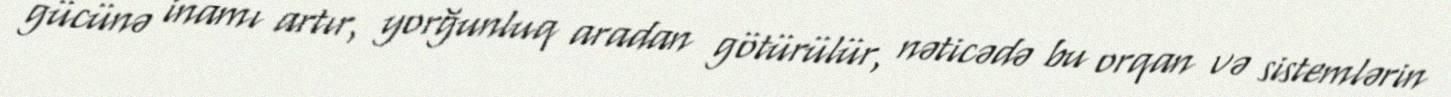
gücünə inamı artır, yorğunluq aradan götürülür, nəticədə bu orqan və sistemlərin